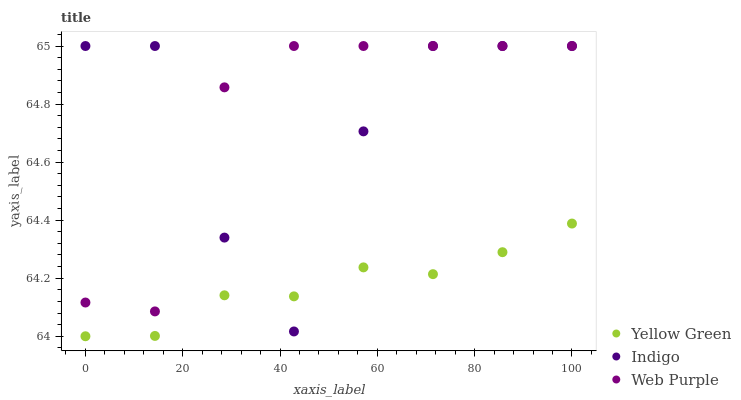
| xaxis_label | Yellow Green | Indigo | Web Purple |
 | --- | --- | --- | --- |
 | 0 | 64 | 65 | 64.1 |
 | 14.3 | 64 | 65 | 64.1 |
 | 28.6 | 64.1 | 64.3 | 64.9 |
 | 42.9 | 64.1 | 64 | 65 |
 | 57.1 | 64.2 | 64.7 | 65 |
 | 71.4 | 64.2 | 65 | 65 |
 | 85.7 | 64.3 | 65 | 65 |
 | 100 | 64.4 | 65 | 65 |